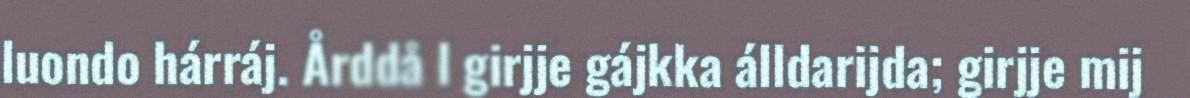
luondo hárráj. Årddå l girjje gájkka álldarijda; girjje mij